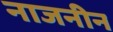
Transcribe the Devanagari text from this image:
नाजनीन